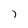
Character: 7